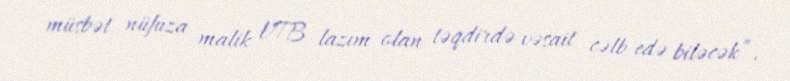
müsbət nüfuza malik VTB lazım olan təqdirdə vəsait cəlb edə biləcək”.